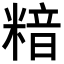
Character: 𥻚